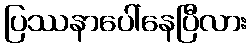
ပြဿနာပေါ်နေပြီလား